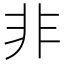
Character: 非